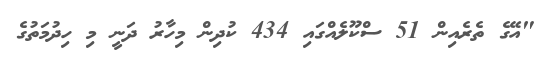
"އޭގެ ތެރެއިން 51 ސްކޫލެއްގައި 434 ކުދިން މިހާރު ދަނީ މި ހިދުމަތުގެ